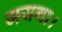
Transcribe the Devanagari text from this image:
जयगा।